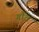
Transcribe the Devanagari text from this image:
गौंव